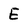
Character: E